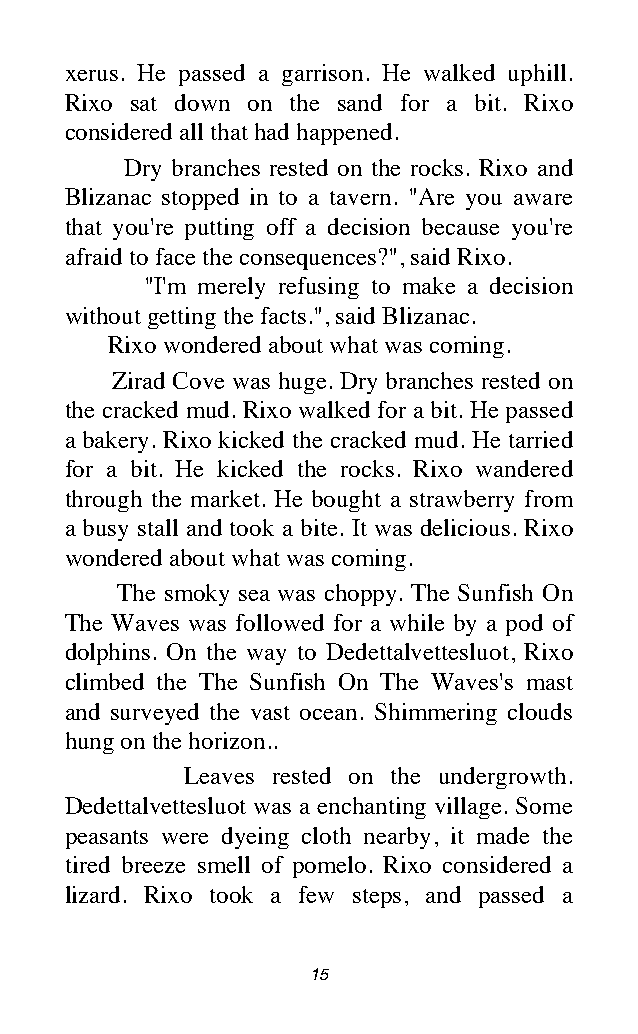
xerus. He passed a garrison. He walked uphill.
 Rixo sat down on the sand for a bit. Rixo
 considered all that had happened.
 Dry branches rested on the rocks. Rixo and
 Blizanac stopped in to a tavern. "Are you aware
 that you're putting off a decision because you're
 afraid to face the consequences?", said Rixo.
 "I'm merely refusing to make a decision
 without getting the facts.", said Blizanac.
 Rixo wondered about what was coming.
 Zirad Cove was huge. Dry branches rested on
 the cracked mud. Rixo walked for a bit. He passed
 a bakery. Rixo kicked the cracked mud. He tarried
 for a bit. He kicked the rocks. Rixo wandered
 through the market. He bought a strawberry from
 a busy stall and took a bite. It was delicious. Rixo
 wondered about what was coming.
 The smoky sea was choppy. The Sunfish On
 The Waves was followed for a while by a pod of
 dolphins. On the way to Dedettalvettesluot, Rixo
 climbed the The Sunfish On The Waves's mast
 and surveyed the vast ocean. Shimmering clouds
 hung on the horizon..
 Leaves rested on the undergrowth.
 Dedettalvettesluot was a enchanting village. Some
 peasants were dyeing cloth nearby, it made the
 tired breeze smell of pomelo. Rixo considered a
 lizard. Rixo took a few steps, and passed a
 15